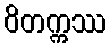
ဝိတက္ကဿ